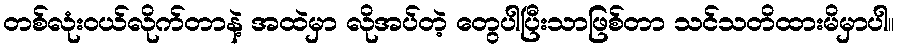
တစ်လုံးဝယ်လိုက်တာနဲ့ အထဲမှာ လိုအပ်တဲ့ တွေပါပြီးသာဖြစ်တာ သင်သတိထားမိမှာပါ။